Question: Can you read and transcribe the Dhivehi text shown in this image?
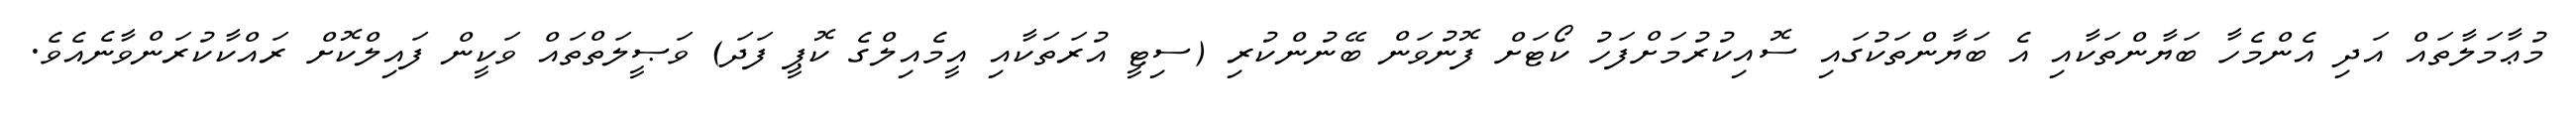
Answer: މުޢާމަލާތައް އަދި އެންމެހާ ބަޔާންތަކާއި އެ ބަޔާންތަކުގައި ސޮއިކުރުމަށްފަހު ކޯޓަށް ފޮނުވަން ބޭނުންކުރި (ސިޓީ އުރަތަކާއި އީމެއިލްގެ ކޮޕީ ފަދަ) ވަޞީލަތްތައް ވަކީން ފައިލްކޮށް ރައްކާކުރަންވާނެއެވެ.